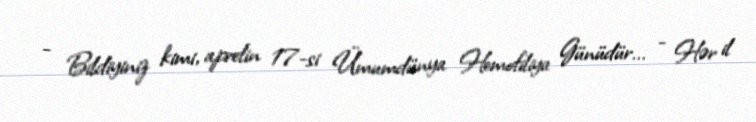
- Bildiyiniz kimi, aprelin 17-si Ümumdünya Hemofiliya Günüdür... - Hər il